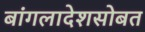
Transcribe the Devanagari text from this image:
बांगलादेशसोबत